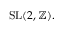
\mathrm { { S L } } ( 2 , \mathbb { Z } ) .